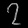
Digit: ၇